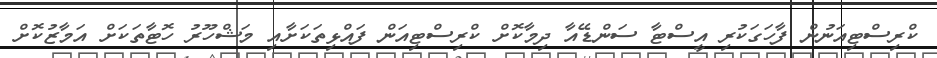
ކްރިސްޓިއަނުން ފާހަގަކުރި އީސްޓާ ސަންޑޭއާ ދިމާކޮށް ކްރިސްޓިއަން ފައްޅިތަކަށާއި މަޝްހޫރު ހޮޓާތަކަށް އަމާޒުކޮށް